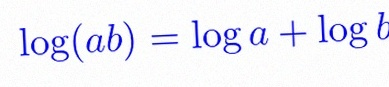
\log(ab)=\log a+\log b